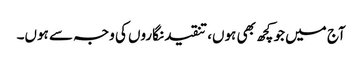
آج میں جو کچھ بھی ہوں، تنقید نگاروں کی وجہ سے ہوں۔